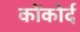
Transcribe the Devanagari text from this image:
कोंकोर्द